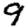
Digit: 9